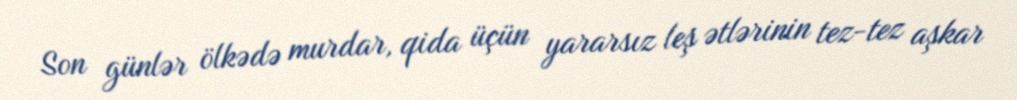
Son günlər ölkədə murdar, qida üçün yararsız leş ətlərinin tez-tez aşkar